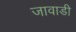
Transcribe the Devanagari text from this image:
जावाडी